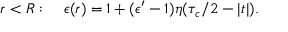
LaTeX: r < R : \quad \epsilon ( r ) = 1 + ( \epsilon ^ { \prime } - 1 ) \eta ( \tau _ { c } / 2 - | t | ) .